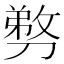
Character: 𭄍